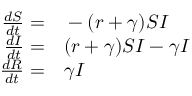
\begin{array} { r l } { \frac { d S } { d t } = } & { { } - ( r + \gamma ) S I } \\ { \frac { d I } { d t } = } & { { } ( r + \gamma ) S I - \gamma I } \\ { \frac { d R } { d t } = } & { { } \gamma I } \end{array}